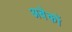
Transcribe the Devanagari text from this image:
अबेकों